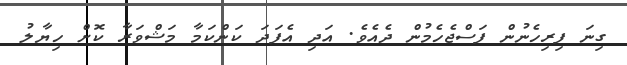
ގިނަ ފިރިހެނުން ފަސްޖެހެމުން ދެއެވެ. އަދި އެފަދަ ކަންކަމާ މަޝްވަރާ ކޮށް ހިޔާލު